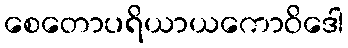
စေတောပရိယာယကောဝိဒေါ